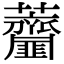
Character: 𧆌